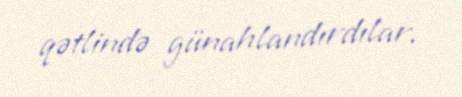
qətlində günahlandırdılar.